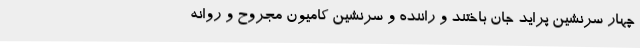
چهار سرنشین پراید جان باختند و راننده و سرنشین کامیون مجروح و روانه